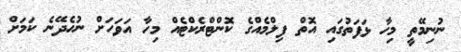
ނުނިމޭތީ މިހާ ޅަފަތުގައި އޮތް ފިލްމެއްގެ ކޮންޓްރެކްޓެއް މިހާ އަވަހަށް ނުހެދޭނެ ކަމަށް